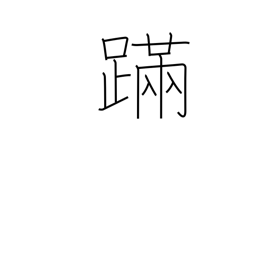
Meaning: staggering